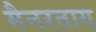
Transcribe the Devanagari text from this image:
मैनरताग